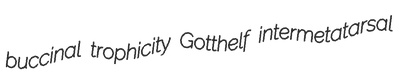
buccinal trophicity Gotthelf intermetatarsal